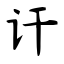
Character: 讦